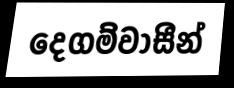
දෙගම්වාසීන්